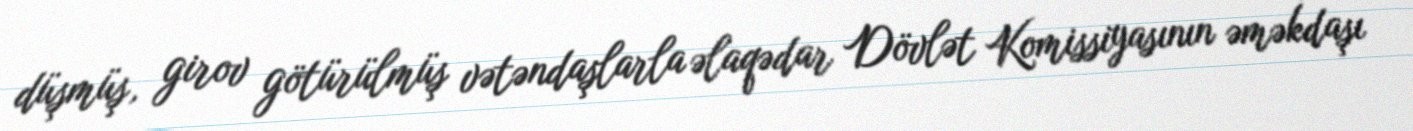
düşmüş, girov götürülmüş vətəndaşlarla əlaqədar Dövlət Komissiyasının əməkdaşı